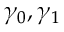
\gamma _ { 0 } , \gamma _ { 1 }